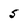
Character: 5